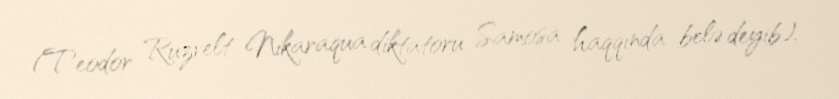
(Teodor Ruzvelt Nikaraqua diktatoru Samosa haqqında belə deyib).